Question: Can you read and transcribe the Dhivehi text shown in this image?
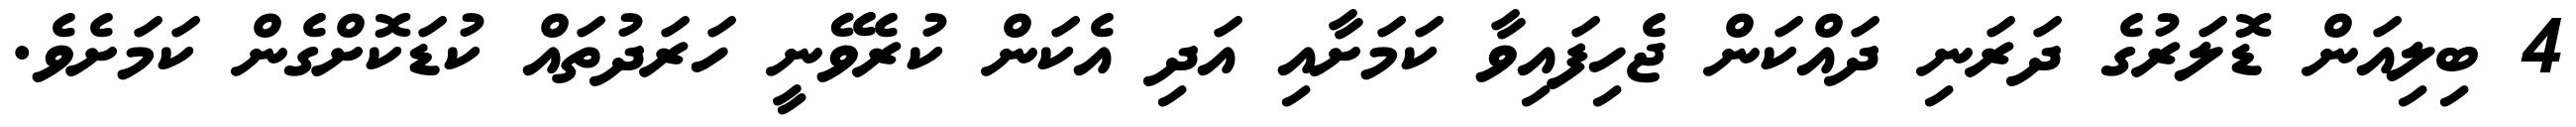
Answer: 4 ބިލިއަން ޑޮލަރުގެ ދަރަނި ދައްކަން ޖެހިފައިވާ ކަމަށާއި އަދި އެކަން ކުރެވޭނީ ހަރަދުތައް ކުޑަކޮށްގެން ކަމަށެވެ.